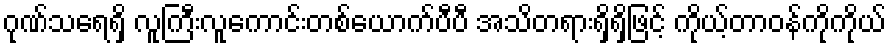
ဂုဏ်သရေရှိ လူကြီးလူကောင်းတစ်ယောက်ပီပီ အသိတရားရှိရှိဖြင့် ကိုယ့်တာဝန်ကိုကိုယ်